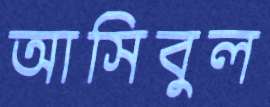
আসিবুল